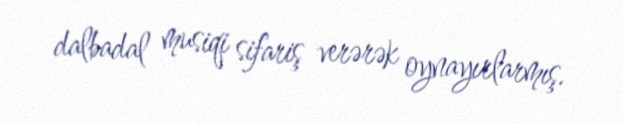
dalbadal musiqi sifariş verərək oynayırlarmış.